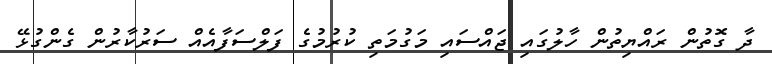
ދާ ގޮތުން ރައްޔިތުން ހާލުގައި ޖައްސައި މަގުމަތި ކުރުމުގެ ފަލްސަފާއެއް ސަރުކާރުން ގެންގުޅޭ